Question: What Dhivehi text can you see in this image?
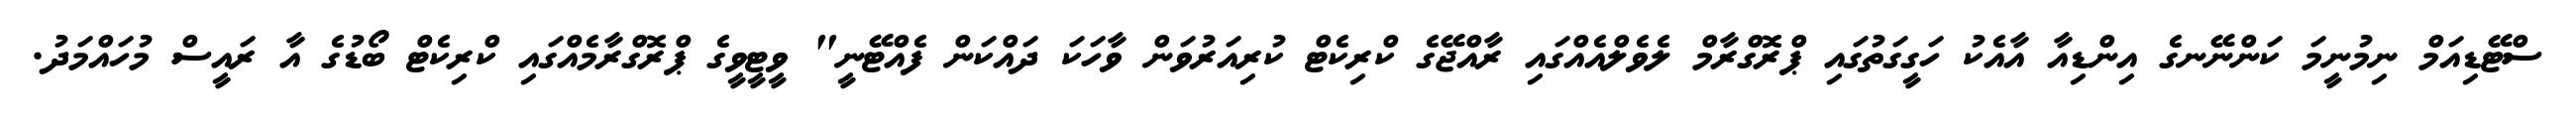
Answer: ސްޓޭޑިއަމް ނިމުނީމަ ކަންނޭނގެ އިންޑިއާ އާއެކު ހަގީގަތުގައި ޕްރޮގްރާމް ލެވެލްއެއްގައި ރާއްޖޭގެ ކްރިކެޓް ކުރިއަރުވަން ވާހަކަ ދައްކަން ފެއްޓޭނީ" ވީޓީވީގެ ޕްރޮގްރާމެއްގައި ކްރިކެޓް ބޯޑުގެ އާ ރައީސް މުހައްމަދު.